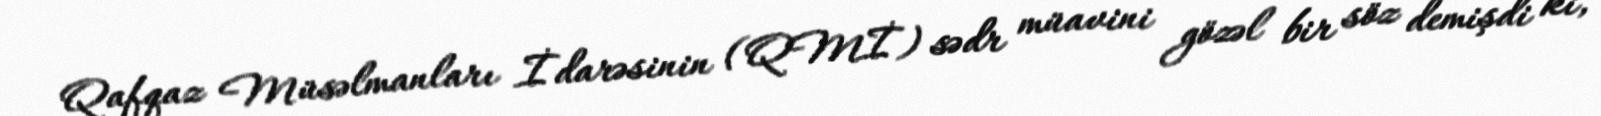
Qafqaz Müsəlmanları İdarəsinin (QMİ) sədr müavini gözəl bir söz demişdi ki,